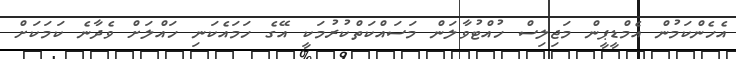
އެހެންކަމުން އެމްޑީޕީން މަޖިލިސް ހުއްޓުވާލަން މަސައްކަތްކުރުމަކީ އޭގެ ހަމައެކަނި ހައްލަށް ވެދާނެ ކަމަކަށް